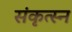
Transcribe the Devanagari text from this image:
संकृत्स्न